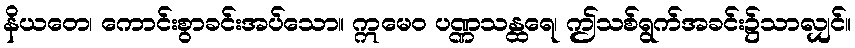
နိယတေ၊ ကောင်းစွာခင်းအပ်သော။ ဣမေဝ ပဏ္ဏသန္ထရေ၊ ဤသစ်ရွက်အခင်း၌သာလျှင်။